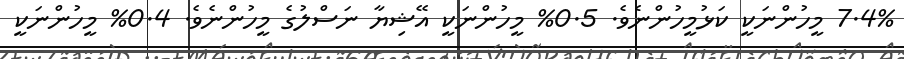
7.4% މީހުންނަކީ ކަޅުމީހުންނެވެ. 0.5% މީހުންނަކީ އޭޝިޔާ ނަސްލުގެ މީހުންނެވެ. 0.4% މީހުންނަކީ